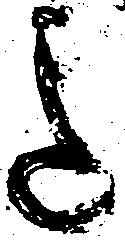
迄